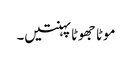
موٹا جھوٹا پہنتیں۔